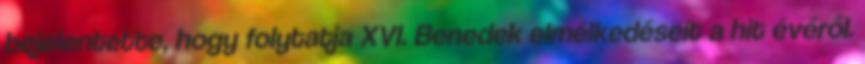
bejelentette, hogy folytatja XVI. Benedek elmélkedéseit a hit évéről.